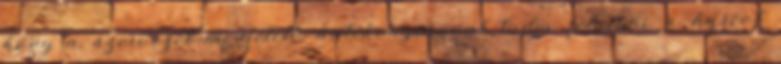
hogy a szervezet megfelelő hatékonysággal tudja felvenni a harcot